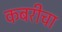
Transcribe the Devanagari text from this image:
कबरीचा